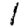
Digit: 1